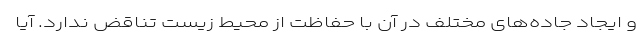
و ایجاد جاده‌های مختلف در آن با حفاظت از محیط زیست تناقض ندارد. آیا